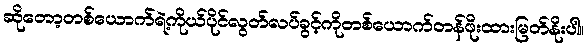
ဆိုတော့တစ်ယောက်ရဲ့ကိုယ်ပိုင်လွတ်လပ်ခွင့်ကိုတစ်ယောက်တန်ဖိုးထားမြတ်နိုးပါ။